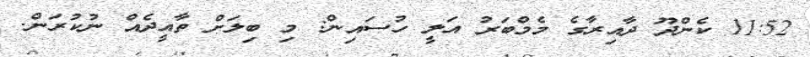
11:52 ކެންދޫ ދާއިރާގެ މެމްބަރު އަލީ ހުސައިން: މި ބިލަށް ތާއީދެއް ނުކުރަން.